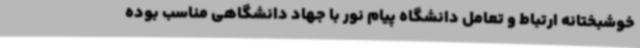
خوشبختانه ارتباط و تعامل دانشگاه پیام نور با جهاد دانشگاهی مناسب بوده